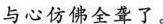
与心仿佛全聋了。